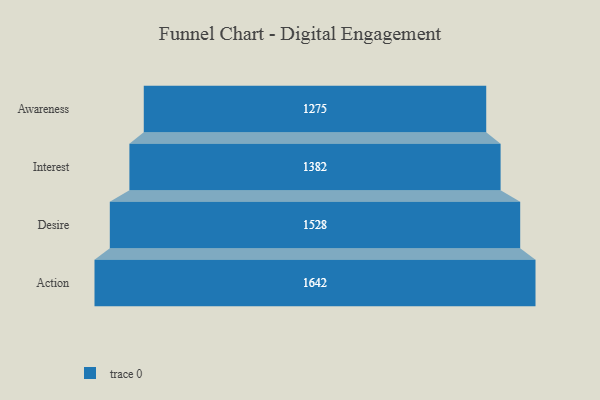
{"axis": {"x": "Stage", "y": "Value"}, "legend": [""], "data": [{"x": "Awareness", "y": 1275.0, "type": ""}, {"x": "Interest", "y": 1382.0, "type": ""}, {"x": "Desire", "y": 1528.0, "type": ""}, {"x": "Action", "y": 1642.0, "type": ""}]}